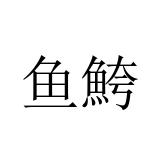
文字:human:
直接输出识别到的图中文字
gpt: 鱼鮬